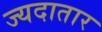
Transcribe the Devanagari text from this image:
ज्यदातार